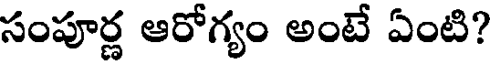
సంపూర్ణ ఆరోగ్యం అంటే ఏంటి?